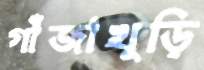
গাঁজাখুড়ি